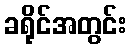
ခရိုင်အတွင်း